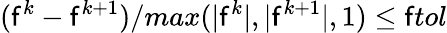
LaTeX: (\mathsf{f}^{k}-\mathsf{f}^{k+1})/max(|\mathsf{f}^{k}|,|\mathsf{f}^{k+1}|,1)\leq\mathsf{f}tol